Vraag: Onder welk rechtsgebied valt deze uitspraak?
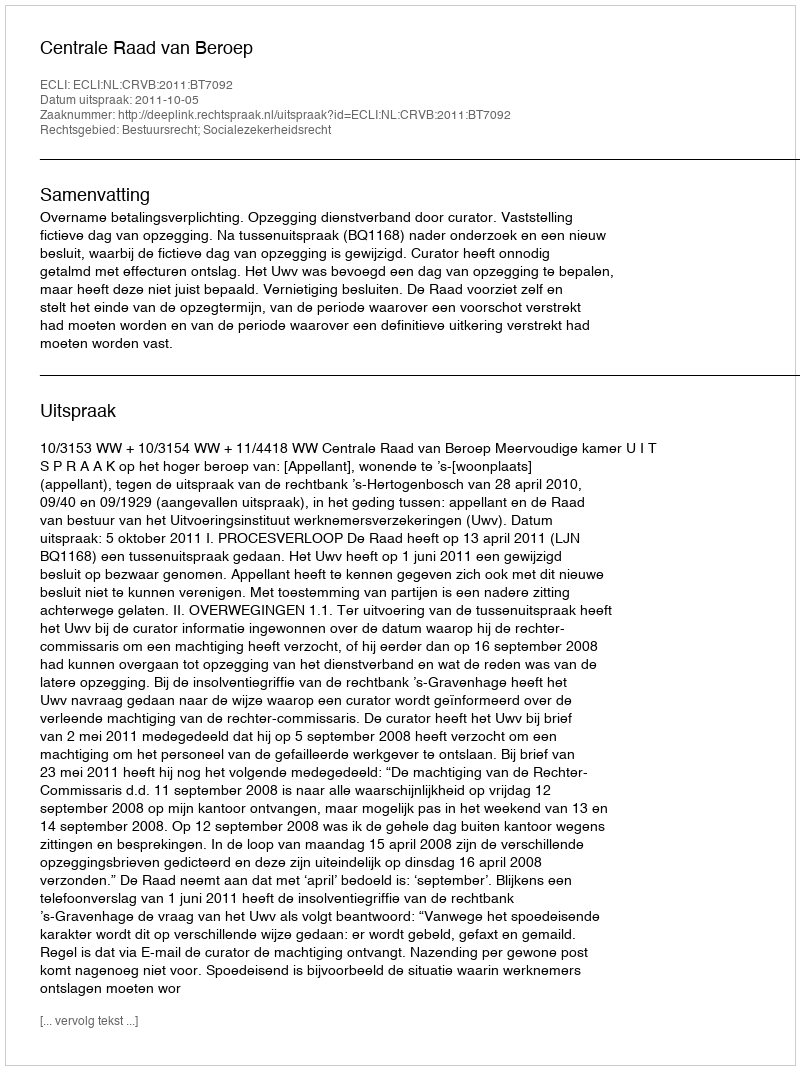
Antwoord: Bestuursrecht; Socialezekerheidsrecht